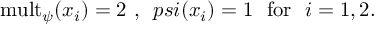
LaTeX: \mathrm { m u l t } _ { \psi } ( x _ { i } ) = 2 \ , \ \, p s i ( x _ { i } ) = 1 \ \ \mathrm { f o r ~ \ } i = 1 , 2 .